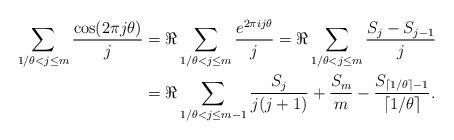
LaTeX: \begin{align*} \sum_{1/\theta < j \le m} \frac{\cos(2\pi j \theta)}j &= \Re \sum_{1/\theta < j \le m} \frac{e^{2\pi i j \theta}}j =\Re \sum_{1/\theta < j \le m} \frac{S_j-S_{j-1}}{j}\\ &=\Re \sum_{1/\theta < j \le m-1} \frac{S_j}{j(j+1)} + \frac{S_m}{m} -\frac{S_{\lceil 1/\theta \rceil-1}}{\lceil 1/\theta \rceil}.\end{align*}